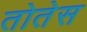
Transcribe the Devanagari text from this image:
तोतेस